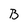
Character: B